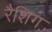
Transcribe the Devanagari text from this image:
रैशिग